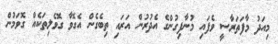
މިއަދު މާފަތަރާސީ ވެފައި މުނާފިގުންގެ އެދުރުން އަރައި ތިބެގެން އެގޮވާ ގޮވެލިތަކެއް ގޮވަމުން